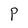
Character: P